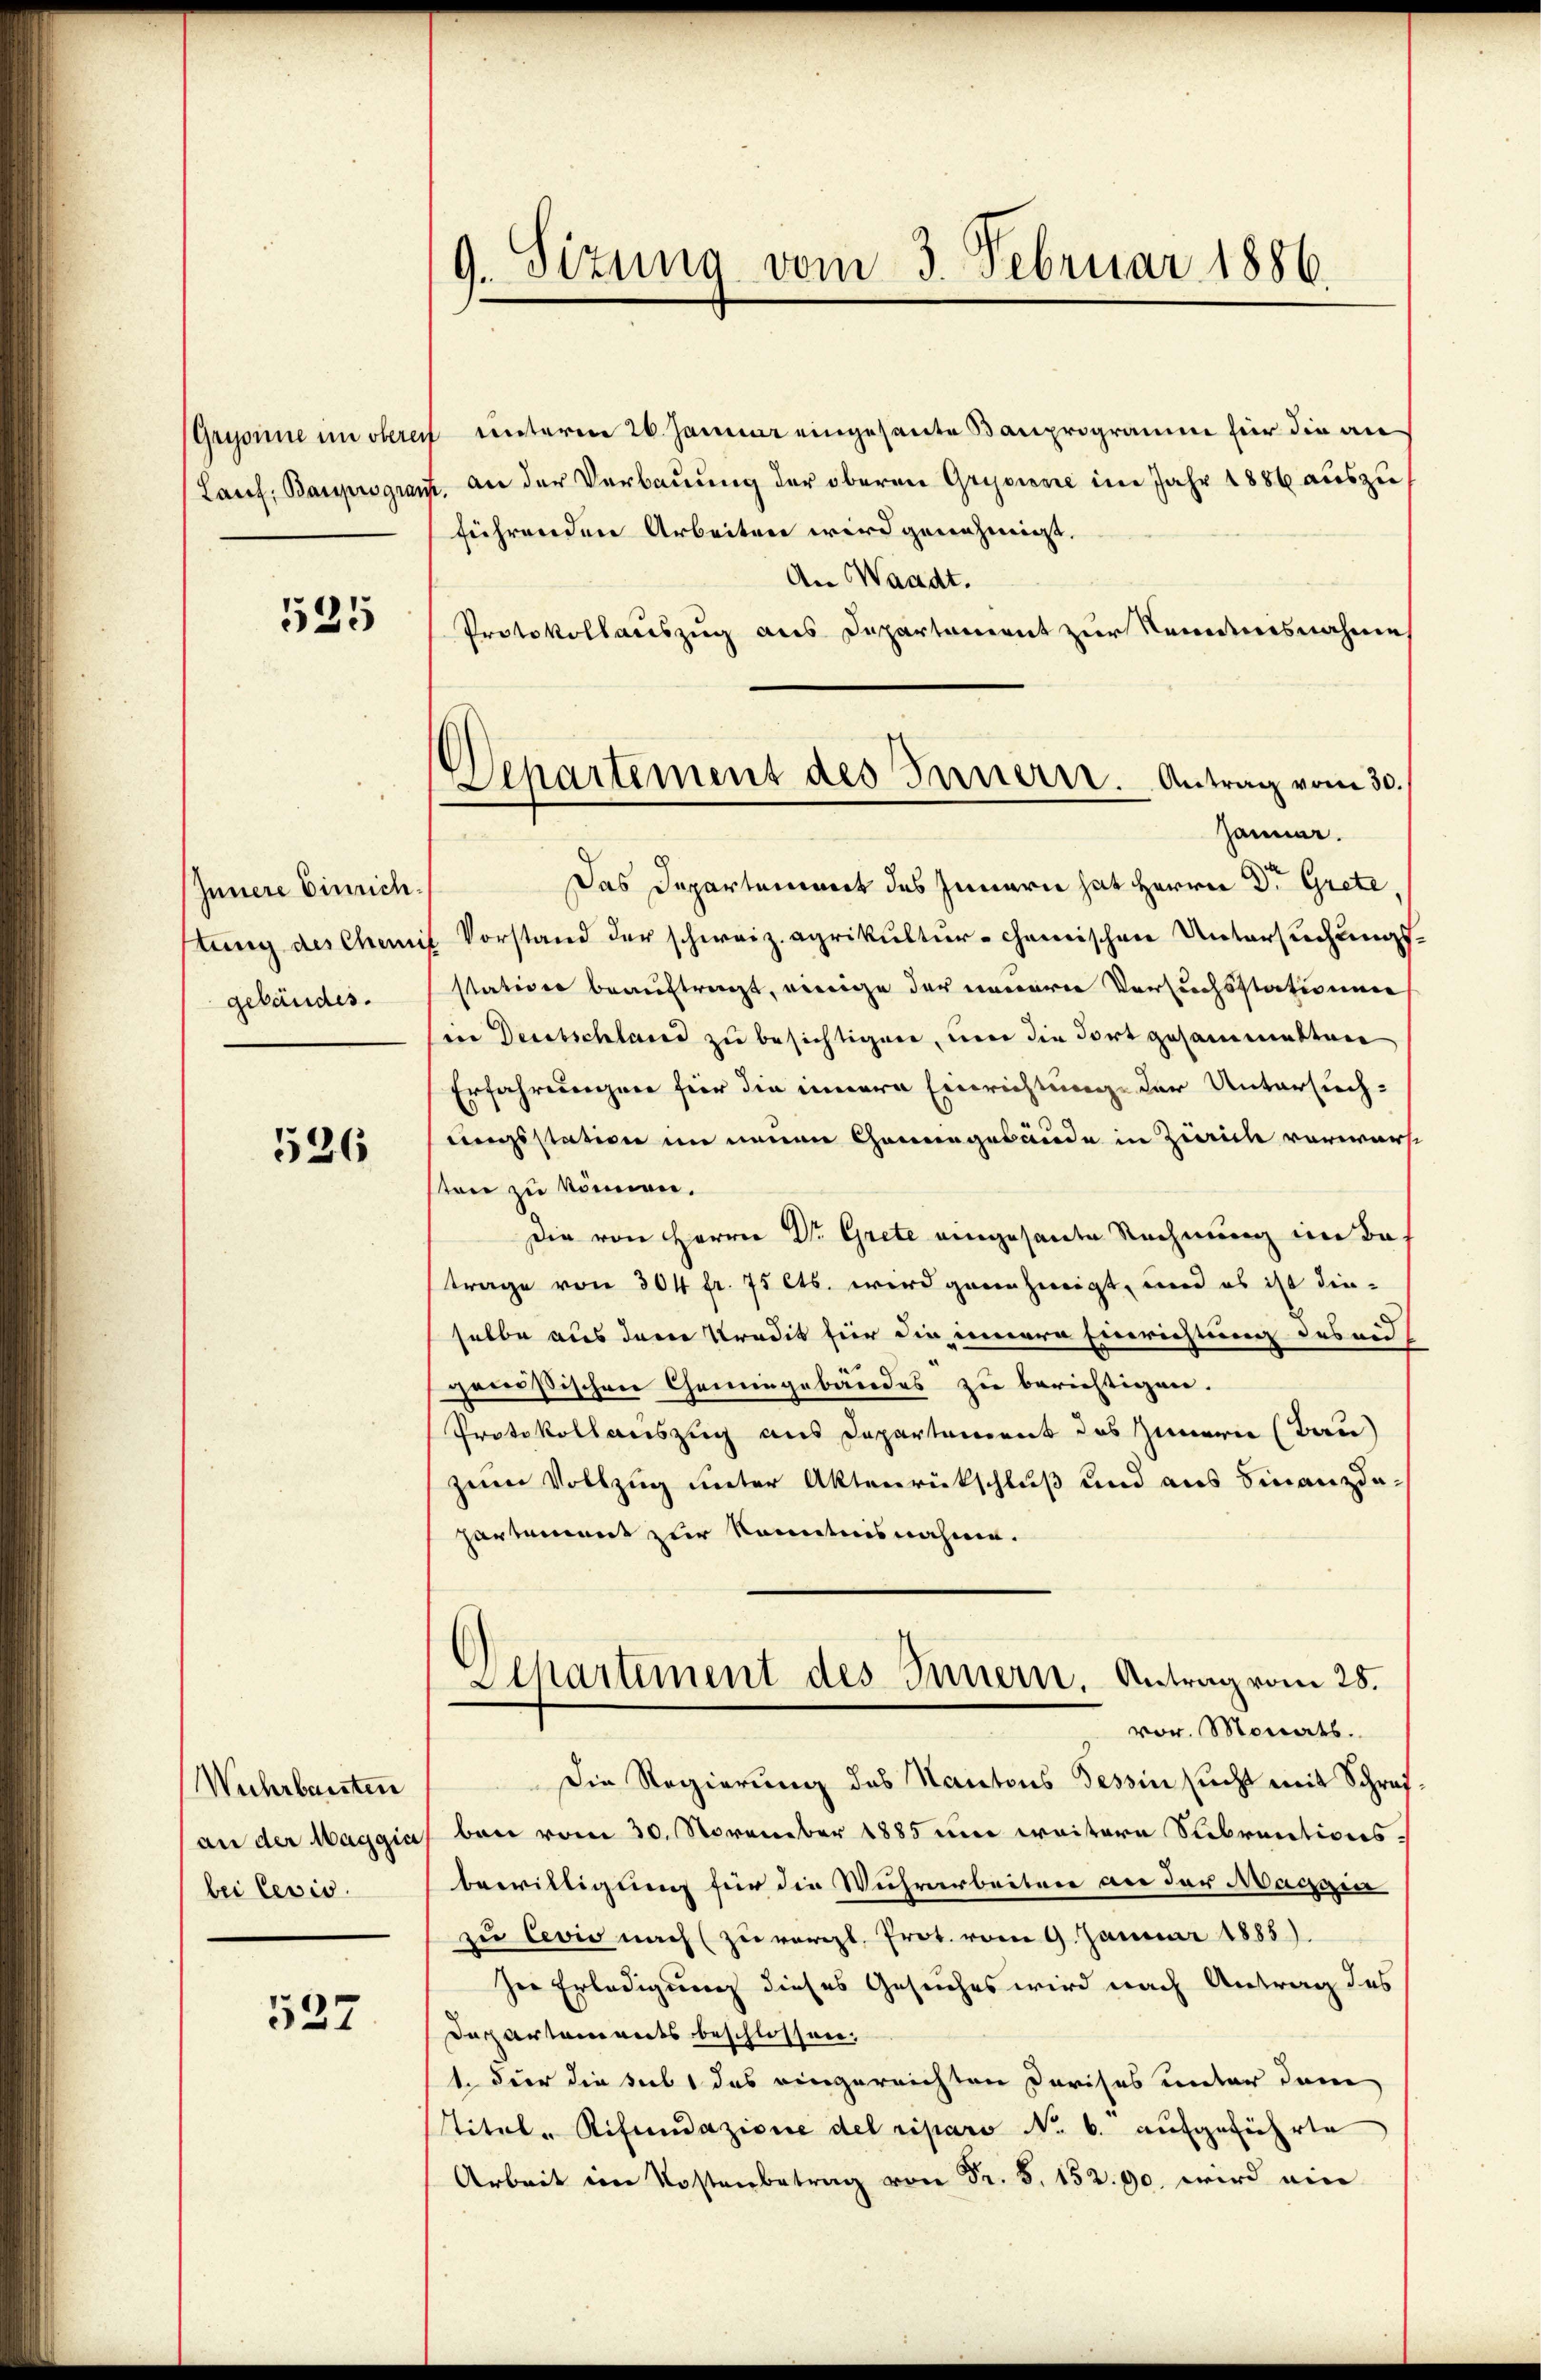
Lauf, Bauprograuf

525

Innere Einrichstung des Chemi
gebäudes.

526

Wuhrbarsten
an der Maggia
bei lesis.

527

9. Sizung vom 3. Februar 1886.

Gryonne im obere unterm 26. Januar eingesante Bauprogramm für die an
f. an der Verbauung der oberen Grusione im Jahr 1886 auszuführenden Arbeiten wird genehmigt.
An Waadt.
Protokollauszug aus Departement zur Kenntnisnahme
Das Departement des Innern hat Herrn Dr. Grete,
 Vorstand der schweiz. Agrikultur- chemischen Untersuchungsstation beauftragt, einige der neuerer Versuchsstationen
siie Deutschland zu besichtigen, um die Fort gesammetten
Erfahrungen für die innern Einrichtung der Untersuchungsstation im neuen Chanengebäude in Zürich vorwärt
ten zu können.
Die von Herrn Dr. Grete eingesante Rechnung im Batrage von 304 fr. 75 Cts. wird genehmigt, und es ist dieselbe aus dem Kredit für die innere Einrichtung des und
genößischen Chemingebäudes zu berichtigen.
Protokollauszug aus Departement des Innern (Bau)
zum Vollzug unter Aktenrückschluß und aus Finanzdazartement zur kanntnisnahme.
Departement des Innern, Antrag vom 28.
vor. Monats.
Die Regierung des Kantons Tessin sucht mit Schrei
ben vom 30. November 1885 in weitere Subrentionsbewilligung für die Wuhrarbeitere an der Maggia
zu Cevio nach (zu vergl. Prot. vom 9. Januar 1885).
ser Erledigung dieses Gesuches wird nach Antrag des
Dapartaments beschlossen.
1. Der die siebt das eingereichten Darches unter dem
Titel-Rifundazione del riparo No. 6. aufgeführte
Arbeit im Kostenbetrag von Fr. 152. 90. wird ein

Departement des Innern. Antrag vom 30.
Jänner.